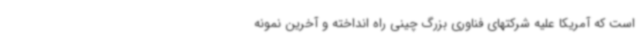
است که آمریکا علیه شرکتهای فناوری بزرگ چینی راه انداخته و آخرین نمونه